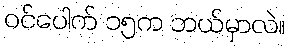
ဝင်ပေါက် ၁၅က ဘယ်မှာလဲ။